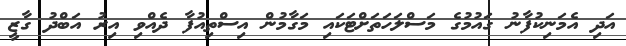
އަދި އެމަނިކުފާނު ގައުމުގެ މަސްލަހަތަށްޓަކައި މަގާމުން އިސްތިއުފާ ދެއްވި އިރު އަބްދު ގާޒީ